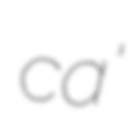
ca'